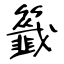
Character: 籤